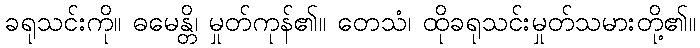
ခရုသင်းကို။ ဓမေန္တိ၊ မှုတ်ကုန်၏။ တေသံ၊ ထိုခရုသင်းမှုတ်သမားတို့၏။